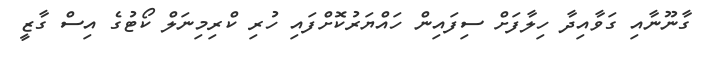
ގާނޫނާއި ގަވާއިދާ ހިލާފަށް ސިފައިން ހައްޔަރުކޮށްފައި ހުރި ކްރިމިނަލް ކޯޓުގެ އިސް ގާޒީ